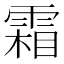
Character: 霜